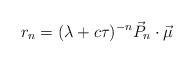
LaTeX: \begin{gather*}r_{n}=(\lambda+c\tau) ^{-n}\vec{P}_{n}\cdot \vec{\mu}\end{gather*}